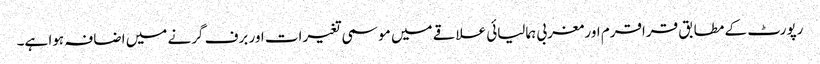
رپورٹ کے مطابق قراقرم اور مغربی ہمالیائی علاقے میں موسمی تغیرات اور برف گرنے میں اضافہ ہوا ہے۔